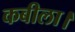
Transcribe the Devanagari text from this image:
कबीला।